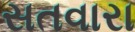
સતવારા